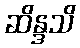
ဆိန္ဒသိ